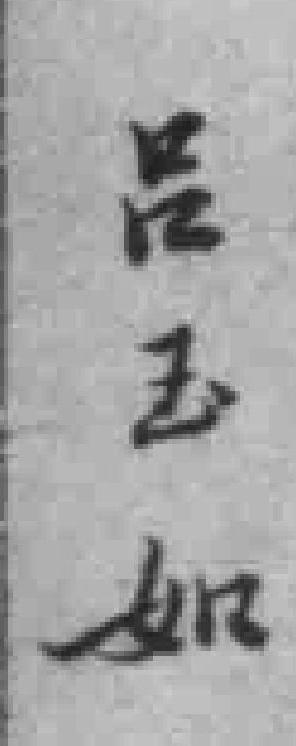
吕玉如